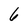
Character: 6